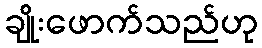
ချိုးဖောက်သည်ဟု